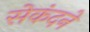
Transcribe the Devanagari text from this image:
सेकंदने